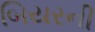
બિયરની